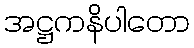
အဋ္ဌကနိပါတော